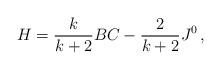
LaTeX: \begin{align*}H=\frac{k}{k+2}BC-\frac{2}{k+2}J^0\,,\end{align*}